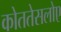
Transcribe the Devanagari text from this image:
कोततेसलोए